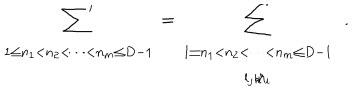
LaTeX: \begin{array} { } { { t ] { c } { \displaystyle { \mathop { { \sum } ^ { \prime } } } } } } \\ { { { \scriptstyle 1 \leq { n _ { 1 } } < { n _ { 2 } } < \cdots < { n _ { m } } \leq D - 1 } } } \\ \end{array} = \begin{array} { } { { t ] { c } { \displaystyle { \mathop { { \sum } } } } } } \\ { { { \scriptstyle 1 \leq { n _ { 1 } } < { n _ { 2 } } < \cdots < { n _ { m } } \leq D - 1 } } } \\ { { { \scriptstyle { l _ { j } } { \not { | } } { n _ { i } } } } } \\ \end{array} \, \, \, .